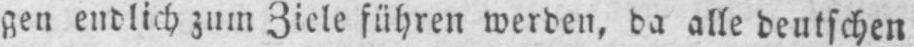
gen endlich zum Ziele führen werden, da alle deutschen